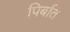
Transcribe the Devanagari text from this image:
पिबति